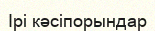
Ірі кәсіпорындар